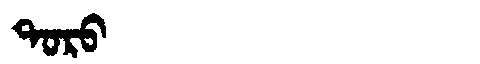
Manchu: ᡨᠣᡵᠣ
Romanization: TORO